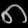
Digit: ၈